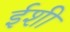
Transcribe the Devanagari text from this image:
ईशी